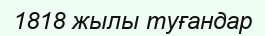
1818 жылы туғандар